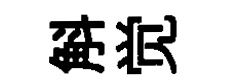
斛觉